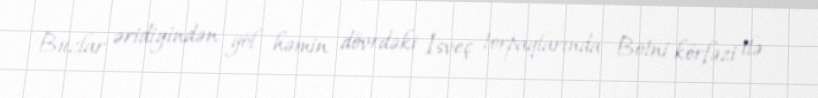
Buzlar əridiyindən göl həmin dövrdəki İsveç torpaqlarında Botni körfəzi ilə